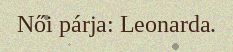
Női párja: Leonarda.